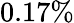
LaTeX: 0.17\%